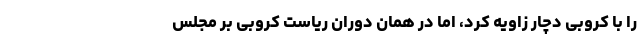
را با کروبی دچار زاویه کرد، اما در همان دوران ریاست کروبی بر مجلس